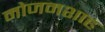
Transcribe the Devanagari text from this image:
मोजमशाह